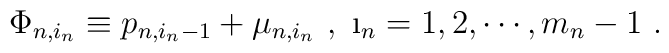
\Phi_{n,i_n}\equiv p_{n,i_n-1}+\mu_{n,i_n}\ , \ \i_n=1,2,\cdots,m_n-1\ .